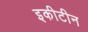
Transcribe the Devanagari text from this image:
इकीटीन